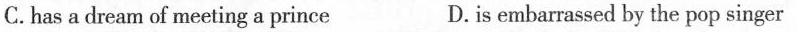
C.has a dream of meeting a prince D.is embarrassed by the pop singer